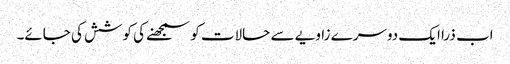
اب ذرا ایک دوسرے زاویے سے حالات کو سمجھنے کی کوشش کی جائے۔